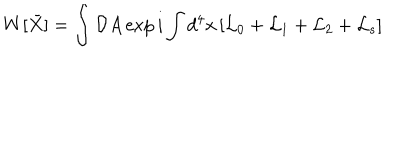
W [ \bar { X } ] = \int { \cal D } A \exp { i \int d ^ { 4 } x \left[ { \cal L } _ { 0 } + { \cal L } _ { 1 } + { \cal L } _ { 2 } + { \cal L } _ { s } \right] }